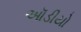
ઑડીયો